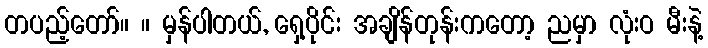
တပည့်တော်။ ။ မှန်ပါတယ်, ရှေ့ပိုင်း အချိန်တုန်းကတော့ ညမှာ လုံးဝ မီးနဲ့